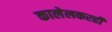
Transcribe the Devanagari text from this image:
कालेलकरही